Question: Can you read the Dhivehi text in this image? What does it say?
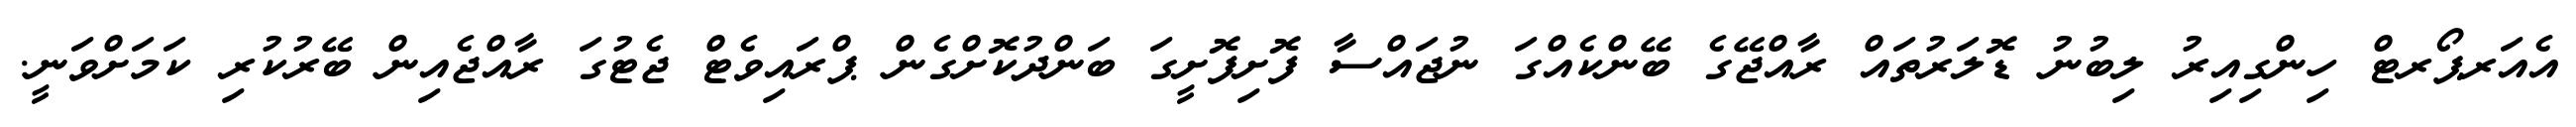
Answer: އެއަރޕޯރޓް ހިންގިއިރު ލިބުނު ޑޮލަރުތައް ރާއްޖޭގެ ބޭންކެއްގަ ނުޖައްސާ ފޮށިފޮށީގަ ބަންދުކޮށްގެން ޕްރައިވެޓް ޖެޓުގަ ރާއްޖެއިން ބޭރުކުރި ކަމަށްވަނީ.